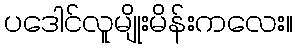
ပဒေါင်လူမျိုးမိန်းကလေး။